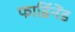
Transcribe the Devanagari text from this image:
फार्डिनेंड